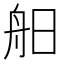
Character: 𦨙